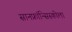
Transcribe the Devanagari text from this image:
सानफ्रांन्सिस्कोला